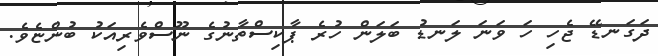
ދަގަނޑޭ ޖެހި ހަ ވަނަ ލަނޑު ބަލަން ހުރެ ޕާކިސްތާނުގެ ނޫސްވެރިއަކު ބުންޏެވެ.